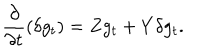
\frac { \partial } { \partial t } ( \delta g _ { t } ) = Z g _ { t } + Y \delta g _ { t } .